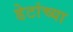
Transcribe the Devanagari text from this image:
डेटांच्या